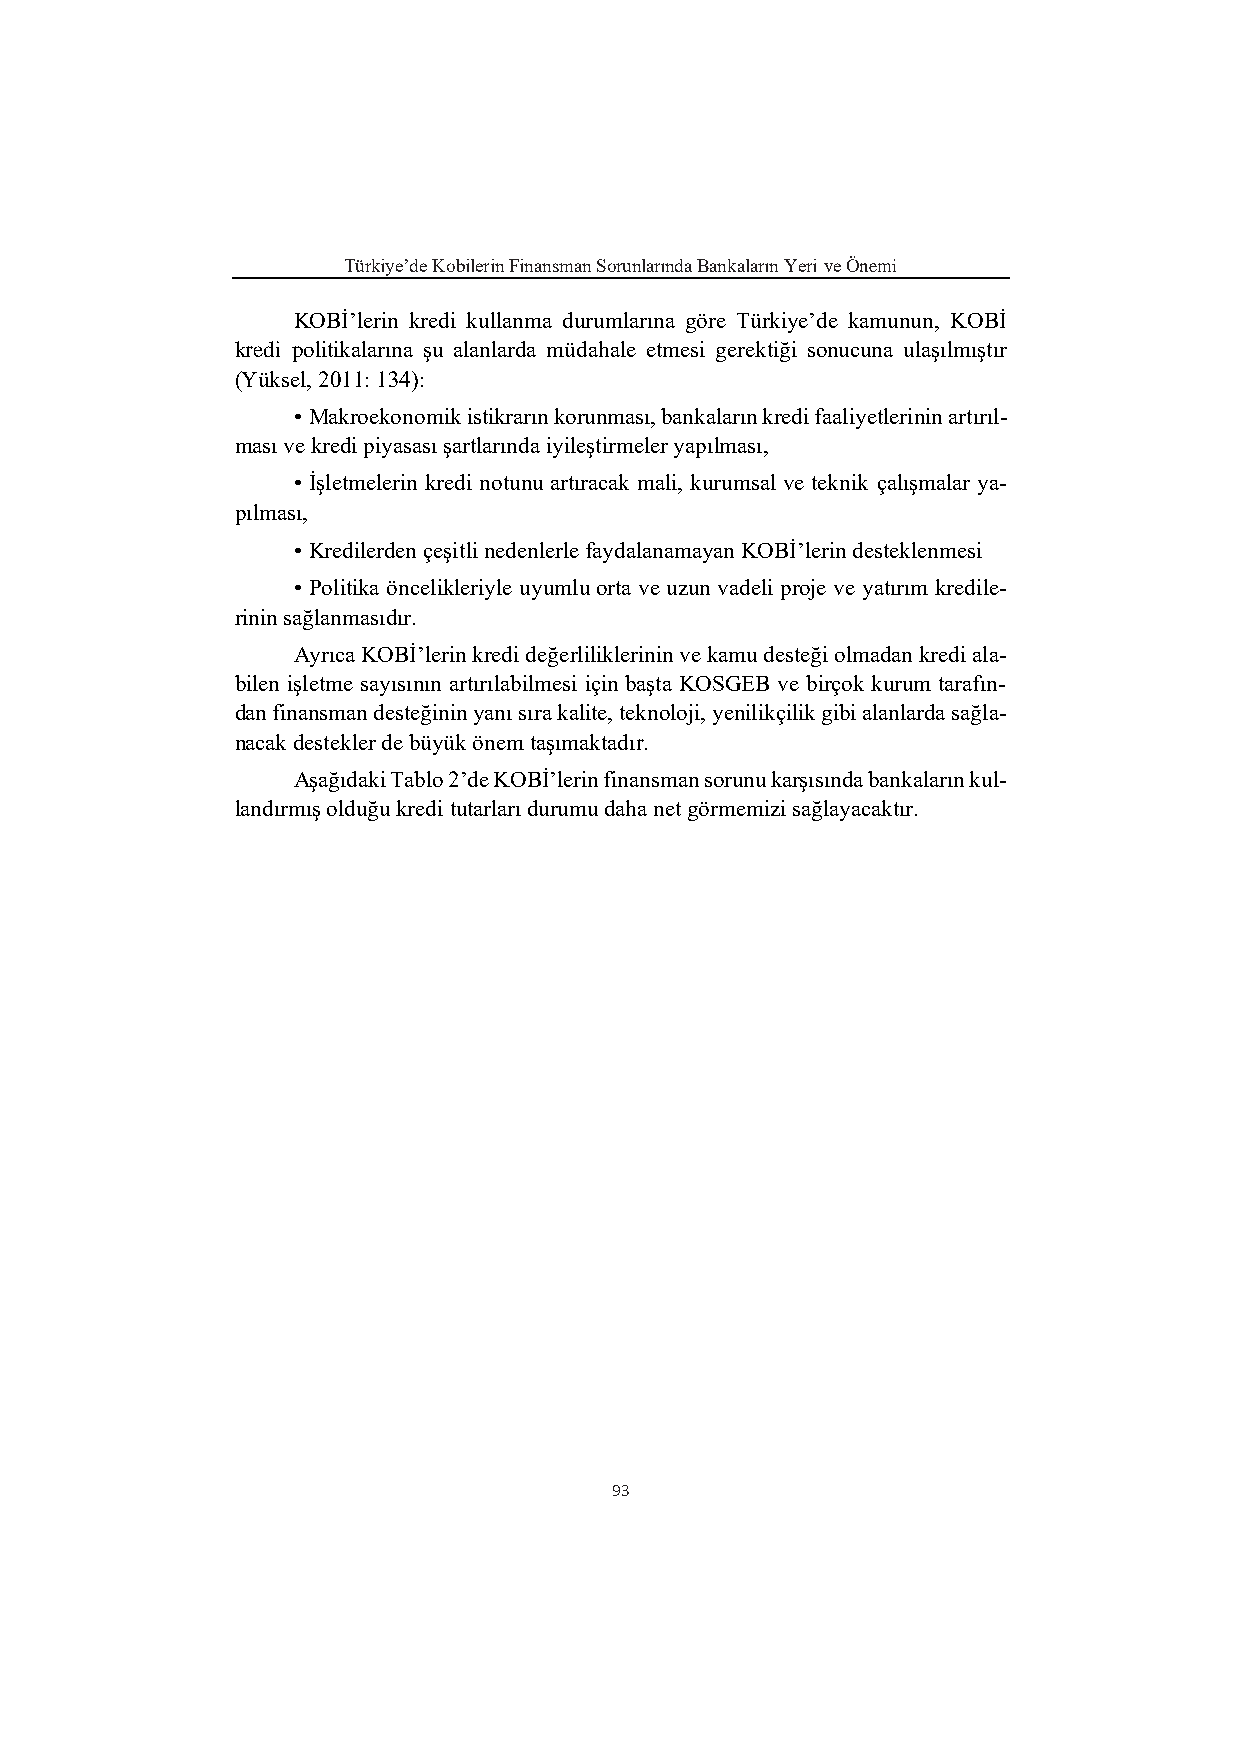
Türkiye’de Kobilerin Finansman Sorunlarında Bankaların Yeri ve Önemi
 KOBİ’lerin kredi kullanma durumlarına göre Türkiye’de kamunun, KOBİ
 kredi politikalarına şu alanlarda müdahale etmesi gerektiği sonucuna ulaşılmıştır
 (Yüksel, 2011: 134):
 • Makroekonomik istikrarın korunması, bankaların kredi faaliyetlerinin artırıl-
 ması ve kredi piyasası şartlarında iyileştirmeler yapılması,
 • İşletmelerin kredi notunu artıracak mali, kurumsal ve teknik çalışmalar ya-
 pılması,
 • Kredilerden çeşitli nedenlerle faydalanamayan KOBİ’lerin desteklenmesi
 • Politika öncelikleriyle uyumlu orta ve uzun vadeli proje ve yatırım kredile-
 rinin sağlanmasıdır.
 Ayrıca KOBİ’lerin kredi değerliliklerinin ve kamu desteği olmadan kredi ala-
 bilen işletme sayısının artırılabilmesi için başta KOSGEB ve birçok kurum tarafın-
 dan finansman desteğinin yanı sıra kalite, teknoloji, yenilikçilik gibi alanlarda sağla-
 nacak destekler de büyük önem taşımaktadır.
 Aşağıdaki Tablo 2’de KOBİ’lerin finansman sorunu karşısında bankaların kul-
 landırmış olduğu kredi tutarları durumu daha net görmemizi sağlayacaktır.
 93